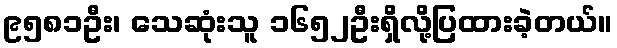
၉၅၈၁ဦး၊ သေဆုံးသူ ၁၆၅၂ဦးရှိလို့ပြထားခဲ့တယ်။